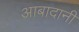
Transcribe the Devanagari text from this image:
आबादानी